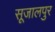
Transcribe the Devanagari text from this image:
सूजालपुर